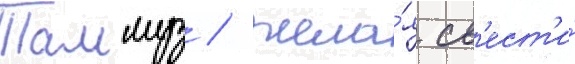
Таммуз / жела́я св'ест'и́